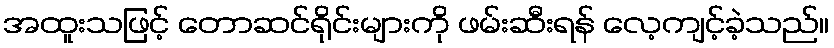
အထူးသဖြင့် တောဆင်ရိုင်းများကို ဖမ်းဆီးရန် လေ့ကျင့်ခဲ့သည်။